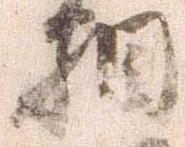
相